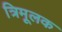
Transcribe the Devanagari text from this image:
त्रिमूलक